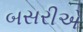
બસરીએ